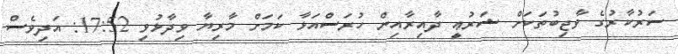
ސަރުކާރުގެ ވާޖިބުތަކަށް ޝަރުޢީ ދާއިރާއިން ހުރަސްއަޅާ ކަމަށް މާރިޔާ ވިދާޅުވި 17:52: އަދިވެސް